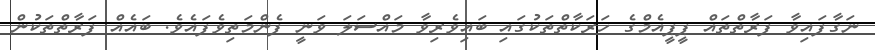
ނަގާފައިވާ ފަރާތްތައް ޕީޕީއެމްގެ ހަރަކާތްތަކުގައި ބައިވެރިވާ މައްސަލަ ވަނީ ފެންމަތިވެފައެވެ. ބައެއް ފަރާތްތަކުން